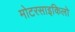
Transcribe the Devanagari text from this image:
मोटरसाइकिलो